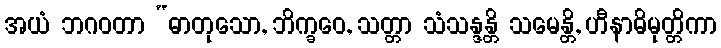
အယံ ဘဂဝတာ “ဓာတုသော, ဘိက္ခဝေ, သတ္တာ သံသန္ဒန္တိ သမေန္တိ, ဟီနာဓိမုတ္တိကာ